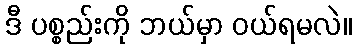
ဒီ ပစ္စည်းကို ဘယ်မှာ ဝယ်ရမလဲ။